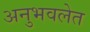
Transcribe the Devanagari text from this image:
अनुभवलेत